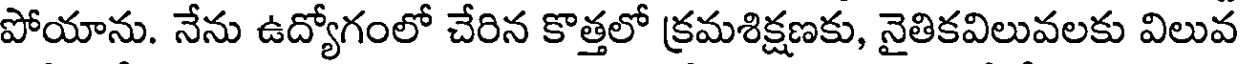
పోయాను. నేను ఉద్యోగంలో చేరిన కొత్తలో క్రమశిక్షణకు, నైతికవిలువలకు విలువ